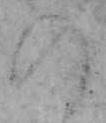
の